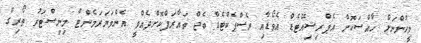
މީހުންނަށް ހާއްސަކޮށް އެޕްރިޝިއޭޓެޑް އެވޯޑާއި ރެސްޕެކްޓެޑް ބެޖް ތައާރަފްކޮށްދެއްވީ އެންވަޔަރަމެންޓް މިނިސްޓަރު ތޯރިގް